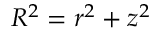
R ^ { 2 } = r ^ { 2 } + z ^ { 2 }